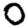
Digit: 0